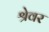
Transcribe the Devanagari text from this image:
श्रेवर